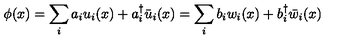
\phi ( x ) = \sum _ { i } a _ { i } u _ { i } ( x ) + a _ { i } ^ { \dagger } \bar { u } _ { i } ( x ) = \sum _ { i } b _ { i } w _ { i } ( x ) + b _ { i } ^ { \dagger } \bar { w } _ { i } ( x )